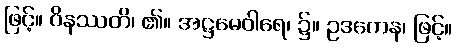
ဖြင့်။ ဝိနဿတိ၊ ၏။ အဋ္ဌမေဝါရေ၊ ၌။ ဥဒကေန၊ ဖြင့်။